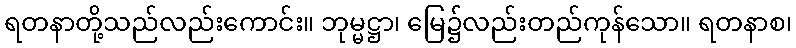
ရတနာတို့သည်လည်းကောင်း။ ဘုမ္မဋ္ဌာ၊ မြေ၌လည်းတည်ကုန်သော။ ရတနာစ၊